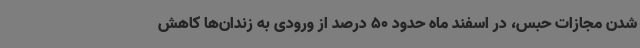
شدن مجازات حبس، در اسفند ماه حدود 50 درصد از ورودی به زندان‌ها کاهش